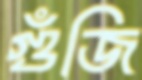
গুঁজি